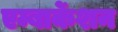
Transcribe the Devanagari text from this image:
एम्बार्केशन